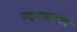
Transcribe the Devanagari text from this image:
उत्पादकांत